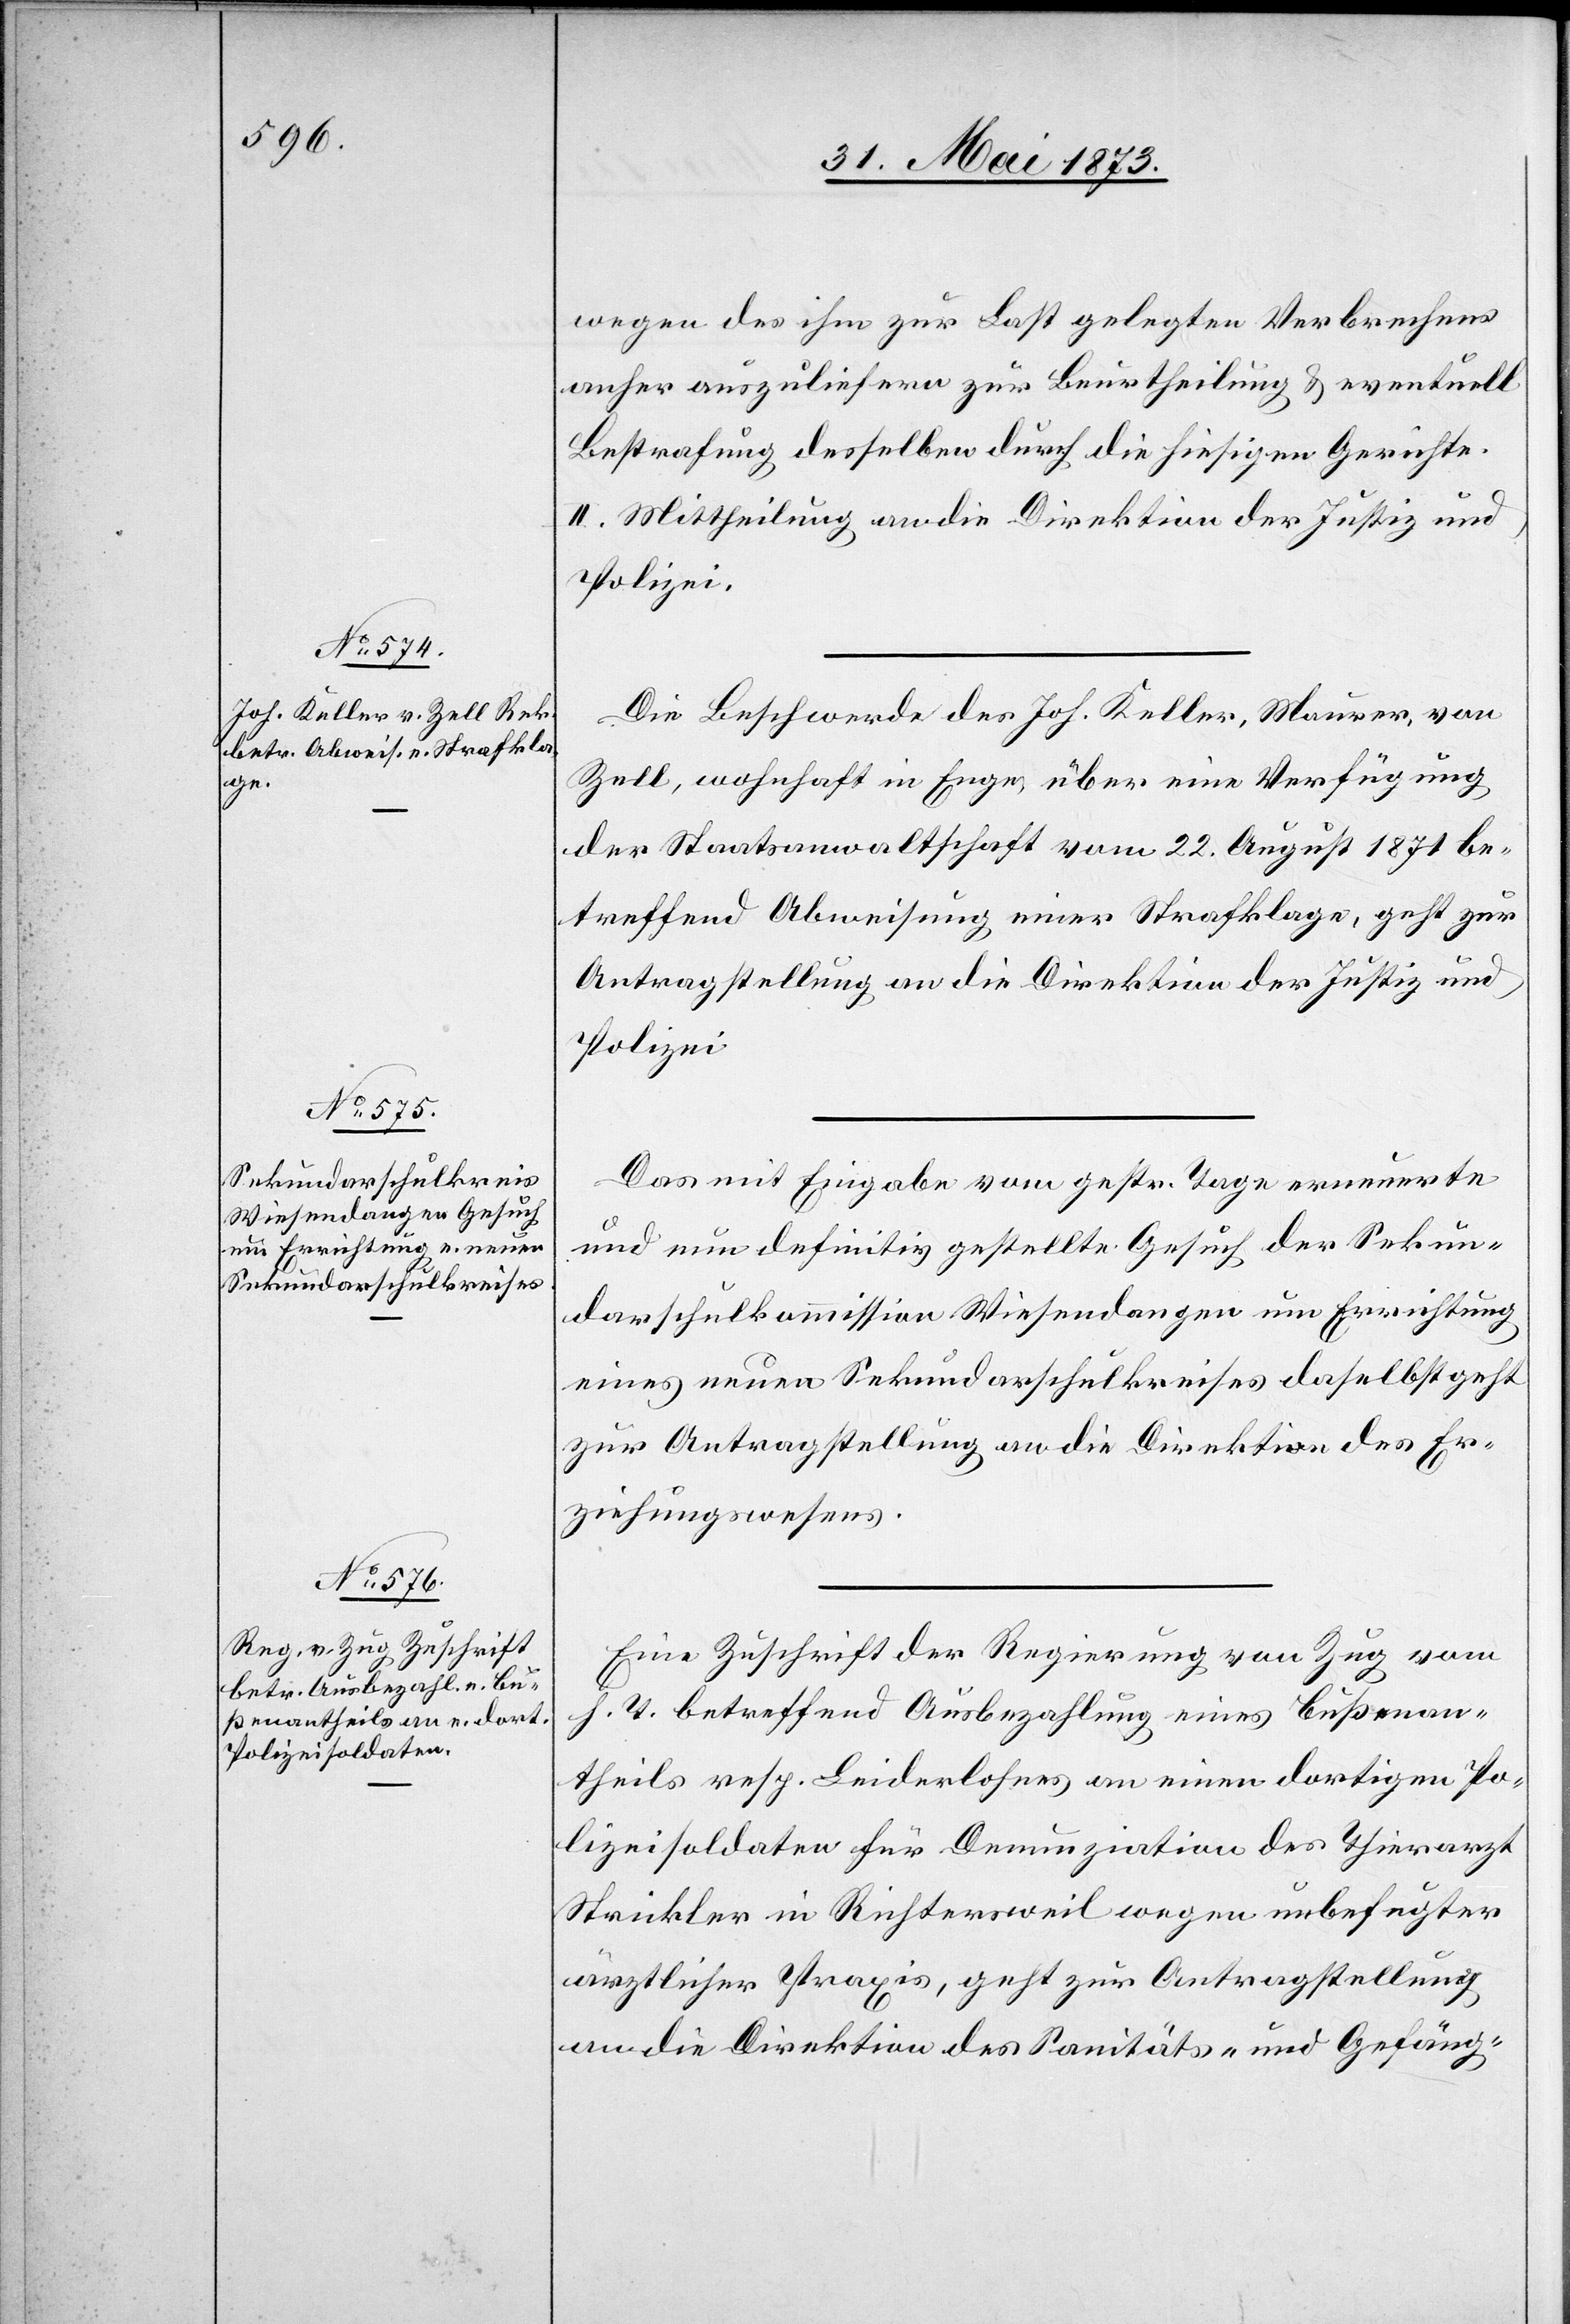
31. Mai 1873]
wegen des ihm zur Last gelegten Verbrechens
anher auszuliefern zur Beurtheilung & eventuell
Bestrafung desselben durch die hiesigen Gerichte.
II. Mittheilung an die Direktion der Justiz und
Polizei.
Die Beschwerde des Joh. Keller, Maurer, von
Zell, wohnhaft in Enge, über eine Verfügung
der Staatsanwaltschaft vom 22. August 1871 be¬
treffend Abweisung einer Strafklage, geht zur
Antragstellung an die Direktion der Justiz und
Das mit Eingabe vom gestr. Tage erneuerte
und nun definitiv gestellte Gesuch der Sekun¬
darschulkommission Wiesendangen um Errichtung
eines neuen Sekundarschulkreises daselbst geht
zur Antragstellung an die Direktion des Er¬
ziehungswesens.
Eine Zuschrift der Regierung von Zug vom
h. T. betreffend Ausbezahlung eines Bußenan¬
theils resp. Leiderlohnes an einen dortigen Po¬
lizeisoldaten für Denunziation des Thierarzt
Strickler in Richtersweil wegen unbefugter
ärztlicher Praxis, geht zur Antragstellung
an die Direktion des Sanitäts- und Gefäng-